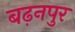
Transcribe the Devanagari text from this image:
बढ़नपुर